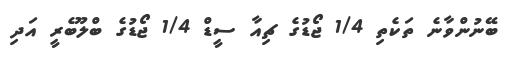
ބޭނުންވާނެ ތަކެތި 1/4 ޖޯޑުގެ ޗިއާ ސީޑް 1/4 ޖޯޑުގެ ބްލޫބެރީ އަދި